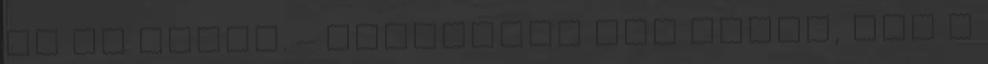
Az is lehet. – bólintott oda nekem, bár a